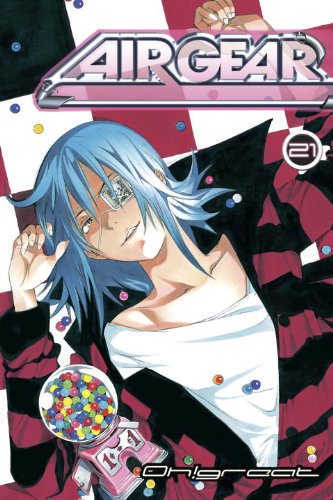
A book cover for Air Gear 21; Oh!Great; Comics & Graphic Novels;